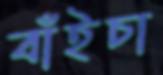
বাঁইচা